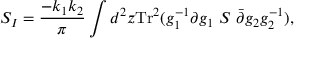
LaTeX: S _ { I } = { \frac { - k _ { 1 } k _ { 2 } } { \pi } } \int d ^ { 2 } z \mathrm { T r } ^ { 2 } ( g _ { 1 } ^ { - 1 } \partial g _ { 1 } ~ S ~ \bar { \partial } g _ { 2 } g _ { 2 } ^ { - 1 } ) ,